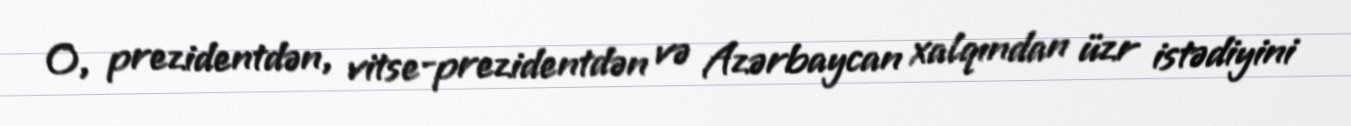
O, prezidentdən, vitse-prezidentdən və Azərbaycan xalqından üzr istədiyini